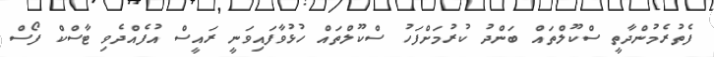
ފެތުރެމުންދާތީ ސްކޫލްތައް ބަންދު ކުރުމަށްފަހު ސްކޫލްތައް ހުޅުވާފައިވަނީ ރައީސް އުފެއްދެވި ޓާސްކް ފޯސް